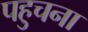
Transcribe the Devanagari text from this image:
पहुचना